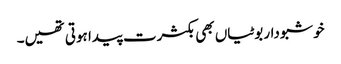
خوشبودار بوٹیاں بھی بکثرت پیدا ہوتی تھیں۔